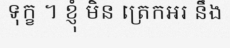
ទុក្ខ ។ ខ្ញុំ មិន ត្រេកអរ នឹង